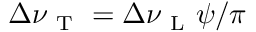
\Delta \nu _ { \mathrm { ~ T ~ } } = \Delta \nu _ { \mathrm { ~ L ~ } } \psi / \pi